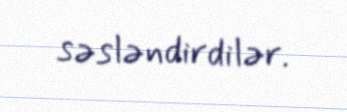
səsləndirdilər.